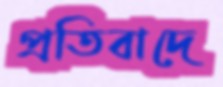
প্রতিবাদে